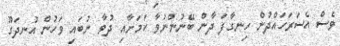
ވެސް އެސަރަހައްދުން ހިނގާފަ ދާން ބޭނުންނުވާ ކަމަށާއި ދުވާ ނުބައި ވަހުން އުނދަގޫ